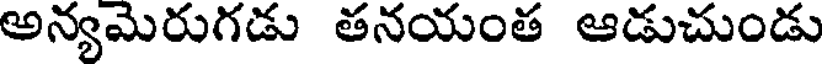
అన్యమెరుగడు తనయంత ఆడుచుండు